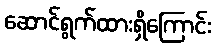
ဆောင်ရွက်ထားရှိကြောင်း